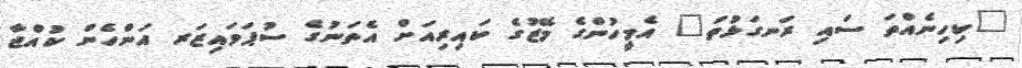
"ކިހިނެއްތަ ސައި ރަނގަޅުތަ" އެމީހުންގެ މޭޒުގެ ކައިރިއަށް އެތަނުގެ ސުޕަވައިޒަރ އަންހެން ކުއްޖާ